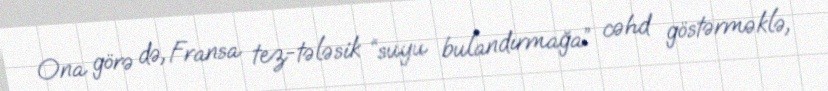
Ona görə də, Fransa tez-tələsik “suyu bulandırmağa” cəhd göstərməklə,